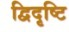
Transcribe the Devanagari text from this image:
द्विदृष्टि